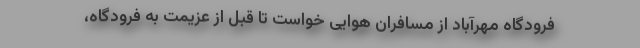
فرودگاه مهرآباد از مسافران هوایی خواست تا قبل از عزیمت به فرودگاه،